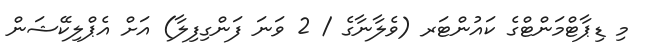
މި ޑިޕާޓްމަންޓްގެ ކައުންޓަރ (ވެލާނާގެ / 2 ވަނަ ފަންގިފިލާ) އަށް އެޕްލިކޭޝަން